Plague in India, 1896, 1897 - Volume 2
Year: 1896
Disease focus: Plague
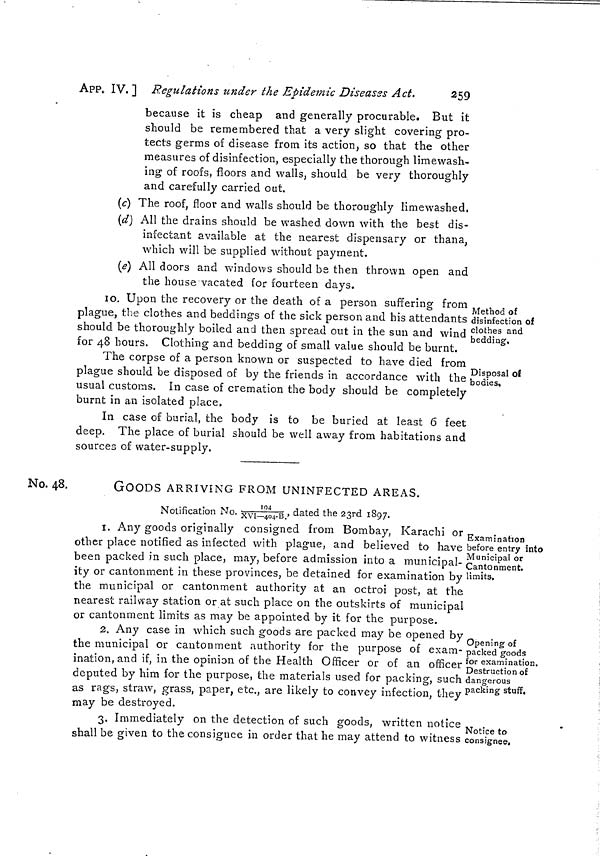
259
APP. IV. ] Regulations under the Epidemic Diseases Act.
because it is cheap and generally procurable. But it
should be remembered that a very slight covering pro-
tects germs of disease from its action, so that the other
measures of disinfection, especially the thorough limewash-
ing of roofs, floors and walls, should be very thoroughly
and carefully carried out.
(c) The roof, floor and walls should be thoroughly limewashed.
(d) All the drains should be washed down with the best dis-
infectant available at the nearest dispensary or thana,
which will be supplied without payment.
(e) All doors and windows should be then thrown open and
the house vacated for fourteen days.
Method of
disinfection of
clothes and
bedding.
Disposal of
bodies.
10. Upon the recovery or the death of a person suffering from
plague, the clothes and beddings of the sick person and his attendants
should be thoroughly boiled and then spread out in the sun and wind
for 48 hours. Clothing and bedding of small value should be burnt.
The corpse of a person known or suspected to have died from
plague should be disposed of by the friends in accordance with the
usual customs. In case of cremation the body should be completely
burnt in an isolated place,
In case of burial, the body is to be buried at least 6 feet
deep. The place of burial should be well away from habitations and
sources of water-supply.
No. 48.
GOODS ARRIVING FROM UNINFECTED AREAS.
Notification No.194/XVI-404-B., dated the 23rd 1897.
Examination
before entry into
Municipal or
Cantonment,
limits.
î. Any goods originally consigned from Bombay, Karachi or
other place notified as infected with plague, and believed to have
been packed in such place, may, before admission into a municipal-
ity or cantonment in these provinces, be detained for examination by
the municipal or cantonment authority at an octroi post, at the
nearest railway station or at such place on the outskirts of municipal
or cantonment limits as may be appointed by it for the purpose.
Opening of
packed goods
for examination.
Destruction of
dangerous
packing stuff.
2. Any case in which such goods are packed may be opened by
the municipal or cantonment authority for the purpose of exam-
ination, and if, in the opinion of the Health Officer or of an officer
deputed by him for the purpose, the materials used for packing, such
as rags, straw, grass, paper, etc., are likely to convey infection, they
may be destroyed.
Notice to
consignee.
3. Immediately on the detection of such goods, written notice
shall be given to the consignee in order that he may attend to witness